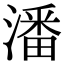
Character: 潘